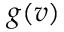
g ( v )